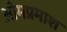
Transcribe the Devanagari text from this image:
ओमप्रमाश